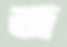
জ